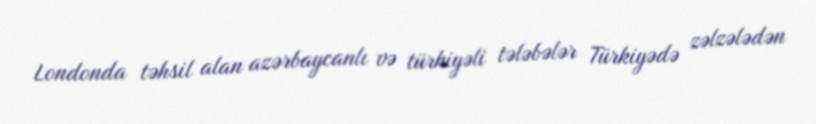
Londonda təhsil alan azərbaycanlı və türkiyəli tələbələr Türkiyədə zəlzələdən